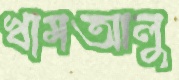
খামআলু